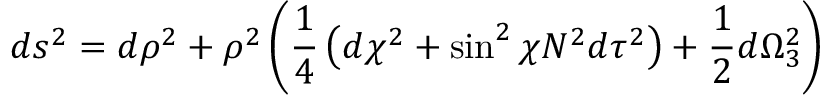
d s ^ { 2 } = d \rho ^ { 2 } + \rho ^ { 2 } \left( \frac { 1 } { 4 } \left( d \chi ^ { 2 } + \sin ^ { 2 } { \chi } N ^ { 2 } d \tau ^ { 2 } \right) + \frac { 1 } { 2 } d \Omega _ { 3 } ^ { 2 } \right)